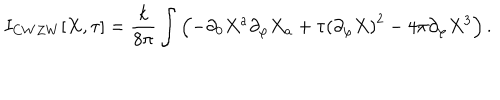
I _ { C W Z W } [ X , \tau ] = \frac { k } { 8 \pi } \int \left( - \partial _ { 0 } X ^ { a } \partial _ { \varphi } X _ { a } + \tau \left( \partial _ { \varphi } X \right) ^ { 2 } - 4 \pi \partial _ { \varphi } X ^ { 3 } \right) .